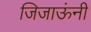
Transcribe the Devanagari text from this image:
जिजाऊंनी